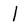
Character: l